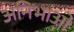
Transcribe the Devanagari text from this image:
अनिभाओ